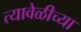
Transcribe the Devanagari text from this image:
त्यावेळीच्या